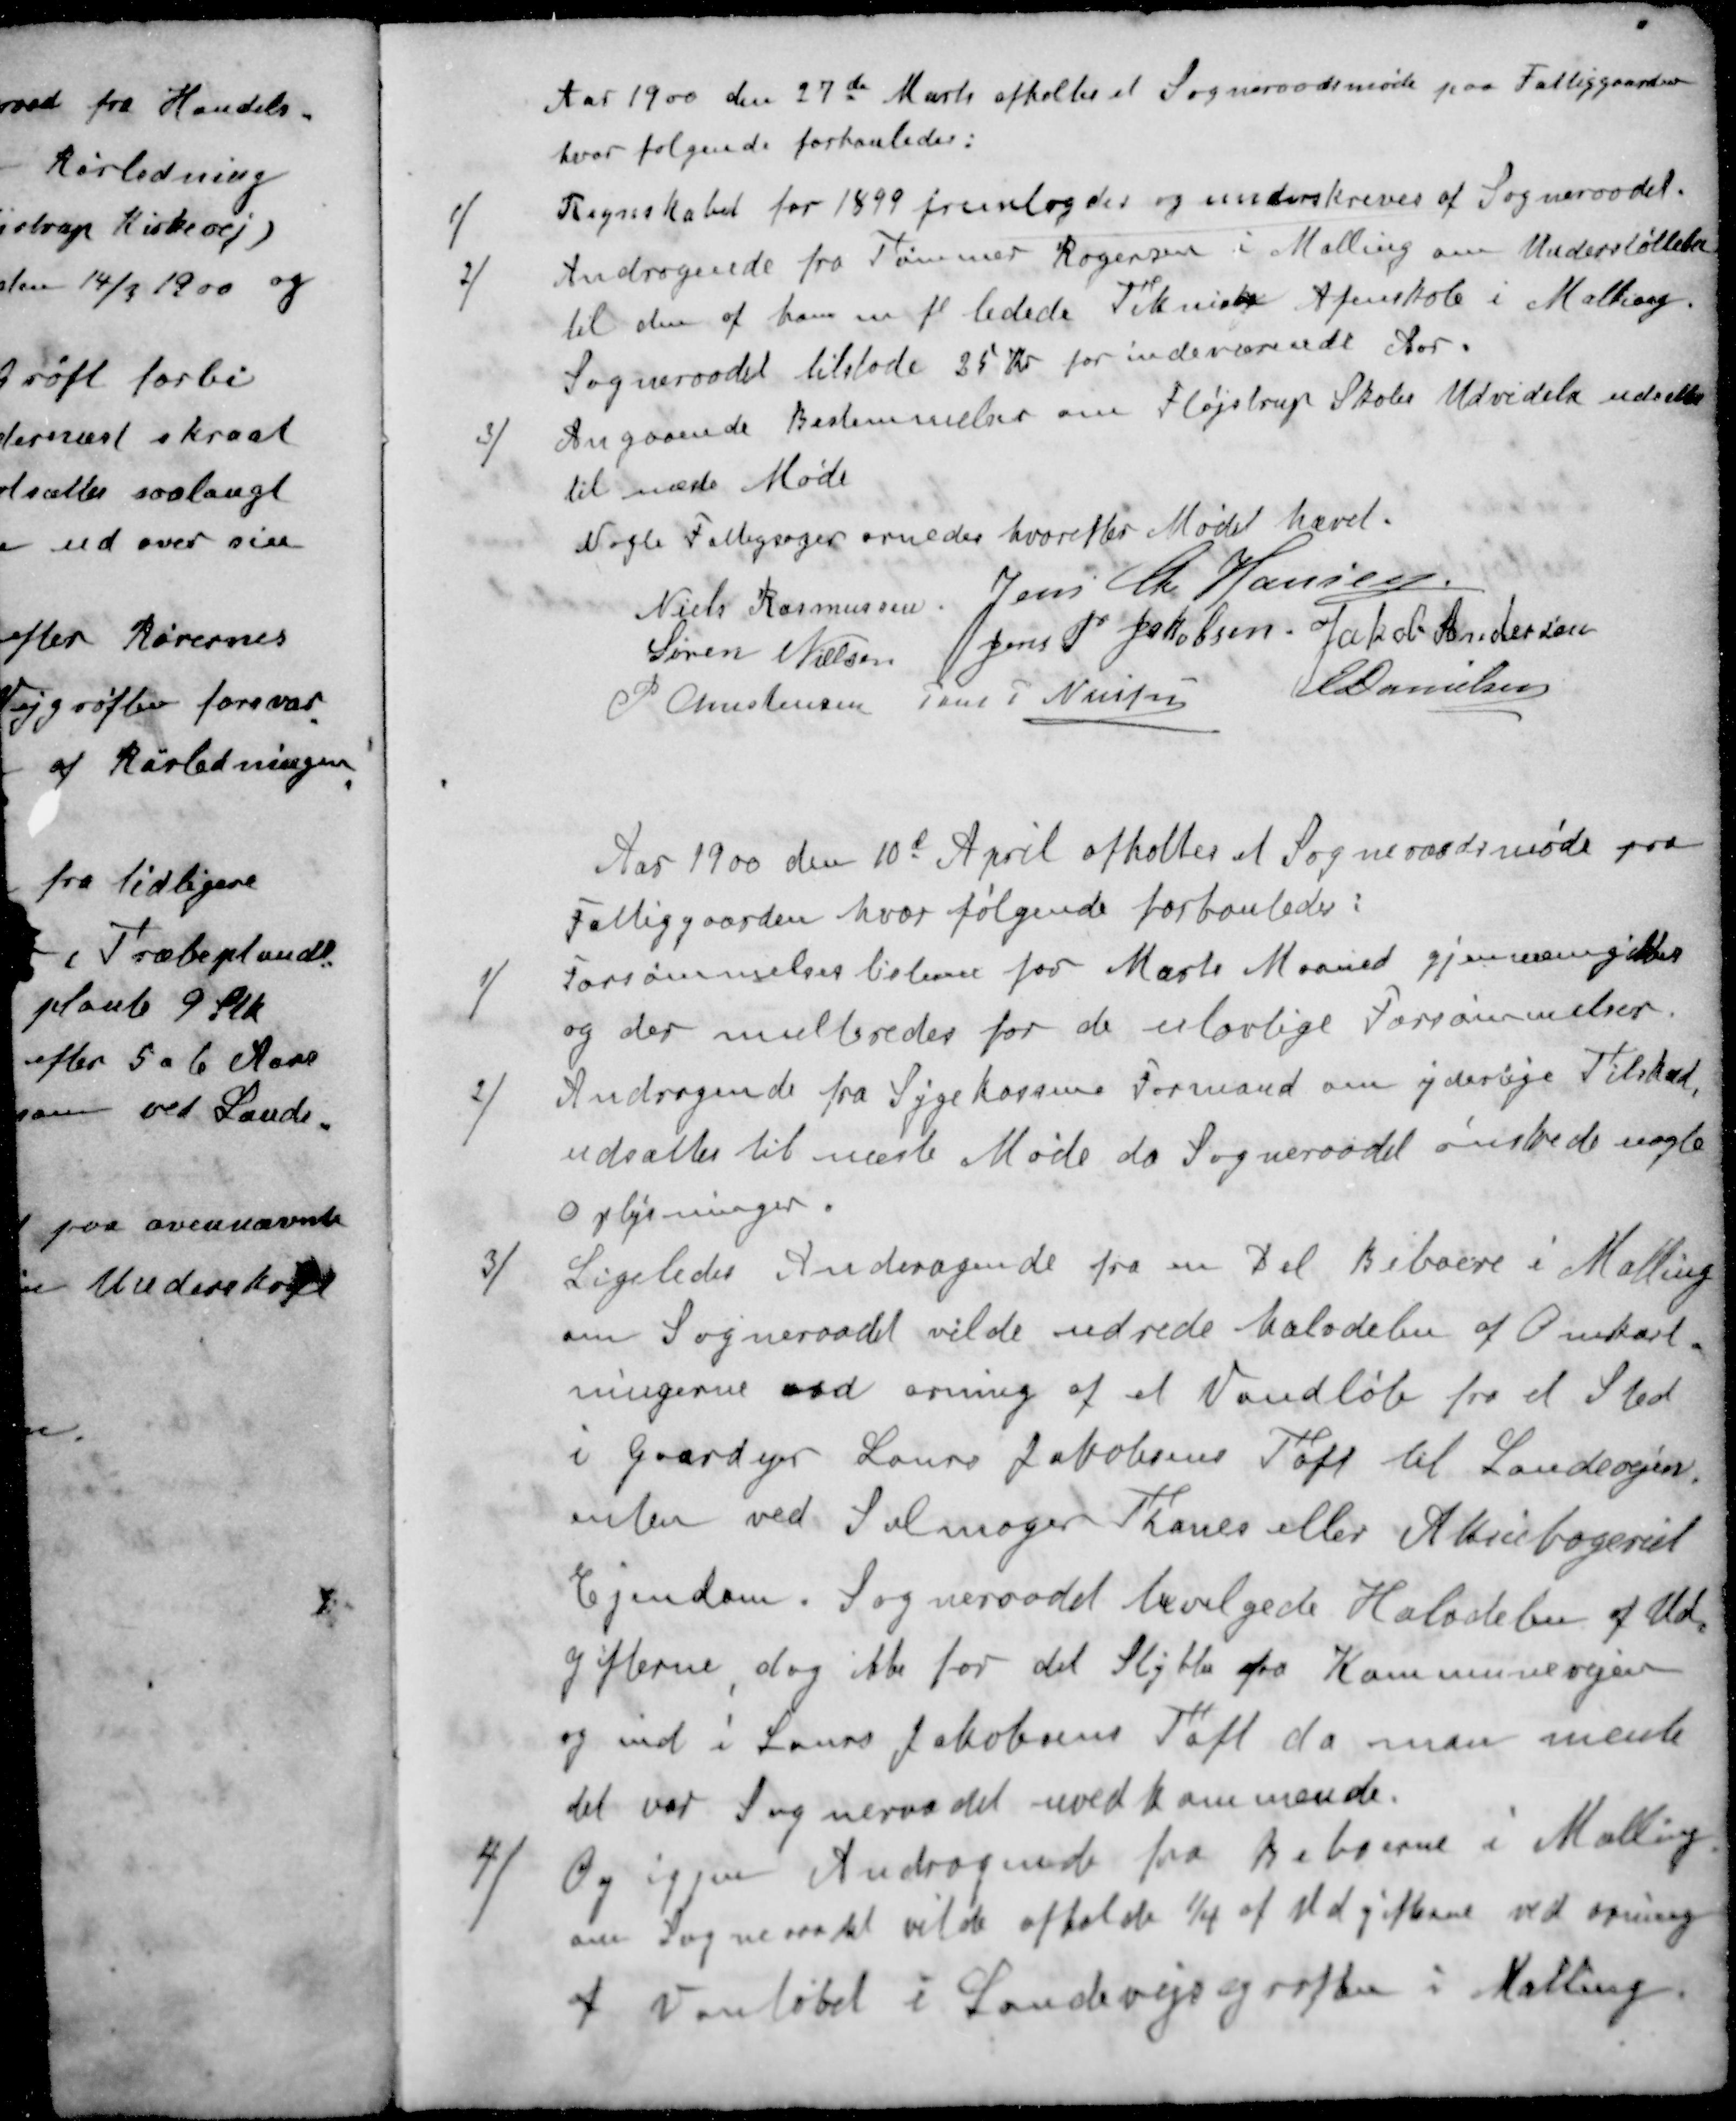
Transskription:
Aar 1900 den 27de Marts afholdes et Sogneraadsmøde paa Fattiggaarden
hvor følgende forhanledes:
1 / Regnskabet for 1899 fremlagdes og underskreves af Sogneraadet.
2 / Andragende fra Tømmer Rogersen i Malling om Understøttelse
til den af ham m fl ledede Teknisk Aftenskole i Malling
Sogneraadet tilstode 25 Kr for indeværende Aar.
3 / Angaaende Bestemmelser om Fløjstrup Skoles Udvidelse udsættes
til næste Møde
Nogle Fattigsager ornedes hvorefter Mødet hævet.
Niels Rasmussen
Jens Chr. Hansen
Søren Nielsen
Jens P Jakobsen
Jakob Andersen
P Christensen
Jens P Nielsen
E Danielsen
Aar 1900 den 10d April afholtes et Sogneraadsmøde paa
Fattiggaarden, hvor følgende forhanledes:
1 / Forsømmelseslisterne for Marts Maaned gjennemgikkes
og der multeredes for de ulovlige Forsømmelser.
2 / Andragende fra Sygekassens Formand om yderlige Tilskud,
udsattes til næste Møde da Sogneraadet ønskede nogle
Oplysninger.
3 / Ligeledes Andragende fra en Del Beboere i Malling
om Sogneraadet vilde udrede Halvdelen af Omkost-
ningerne ved orning af et Vandløb fra et Sted
i Gaardejer Laurs Jakobsens Toft til Landevejen
enten ved Salmager Thanes eller Aktiebageriet
Ejendom. Sogneraadet bevilgede Halvdeler af Ud
gifterne, dog ikke for det Stykke fra Kommunevejen
og ind i Laurs Jakobsens Toft, da man mente
det ved Sogneraadet uvedkommende.
4 / Og igjen Andragende fra Beboerne i Malling
om Sogneraadet vilde afholde 1/4 af Udgifterne ved orning
af Vanløbet i Landevejsegrøften i Malling.